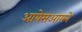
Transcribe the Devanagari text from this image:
आयेसआयने